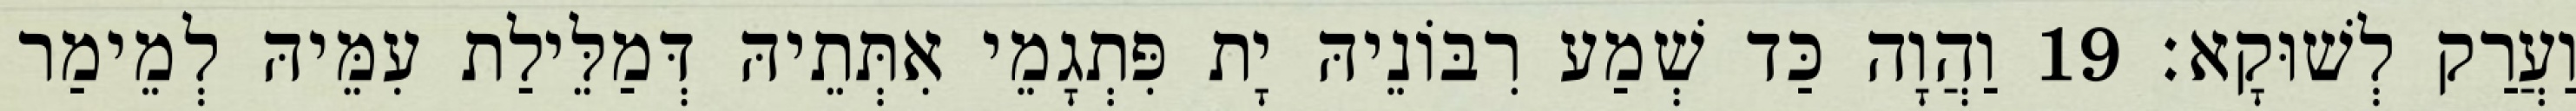
וַעֲרַק לְשׁוּקָא׃ 19 וַהֲוָה כַּד שְׁמַע רִבּוֹנֵיהּ יָת פִּתְגָמֵי אִתְּתֵיהּ דְּמַלֵּילַת עִמֵּיהּ לְמֵימַר